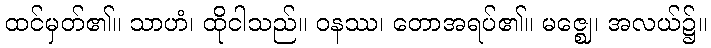
ထင်မှတ်၏။ သာဟံ၊ ထိုငါသည်။ ဝနဿ၊ တောအရပ်၏။ မဇ္ဈေ၊ အလယ်၌။